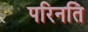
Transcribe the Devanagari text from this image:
परिनति